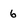
Character: 6